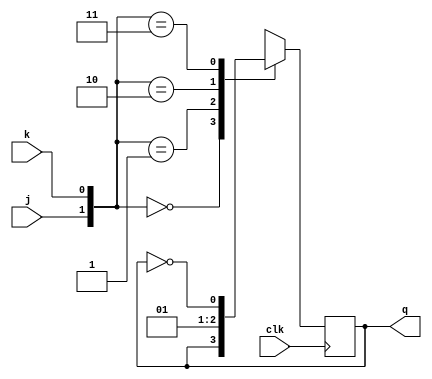
`timescale 1ns / 1ps
//////////////////////////////////////////////////////////////////////////////////
// Company: 
// Engineer: 
// 
// Design Name: 
// Module Name: jk_case
// Project Name: 
// Target Devices: 
// Tool Versions: 
// Description: 
// 
// Dependencies: 
// 
// Revision:
// Revision 0.01 - File Created
// Additional Comments:
// 
//////////////////////////////////////////////////////////////////////////////////


module jk_case(
    input clk,j,k,
    output reg q
    );
    initial 
    q = 0;
    always @(posedge clk)
    begin
        case({j,k})
            2'b00:
                q <= q;
            2'b01:
                q <= 0;
            2'b10:
                q <= 1;
            2'b11:
                q <= ~q;
            default:
                q <= 0;
        endcase
    end             
endmodule